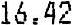
16.42